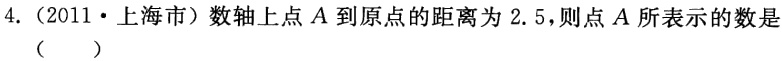
4.（2011·上海市）数轴上点\(A\)到原点的距离为\(2.5\)，则点\(A\)所表示的数是（  ）